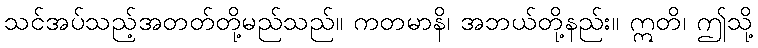
သင်အပ်သည့်အတတ်တို့မည်သည်။ ကတမာနိ၊ အဘယ်တို့နည်း။ ဣတိ၊ ဤသို့